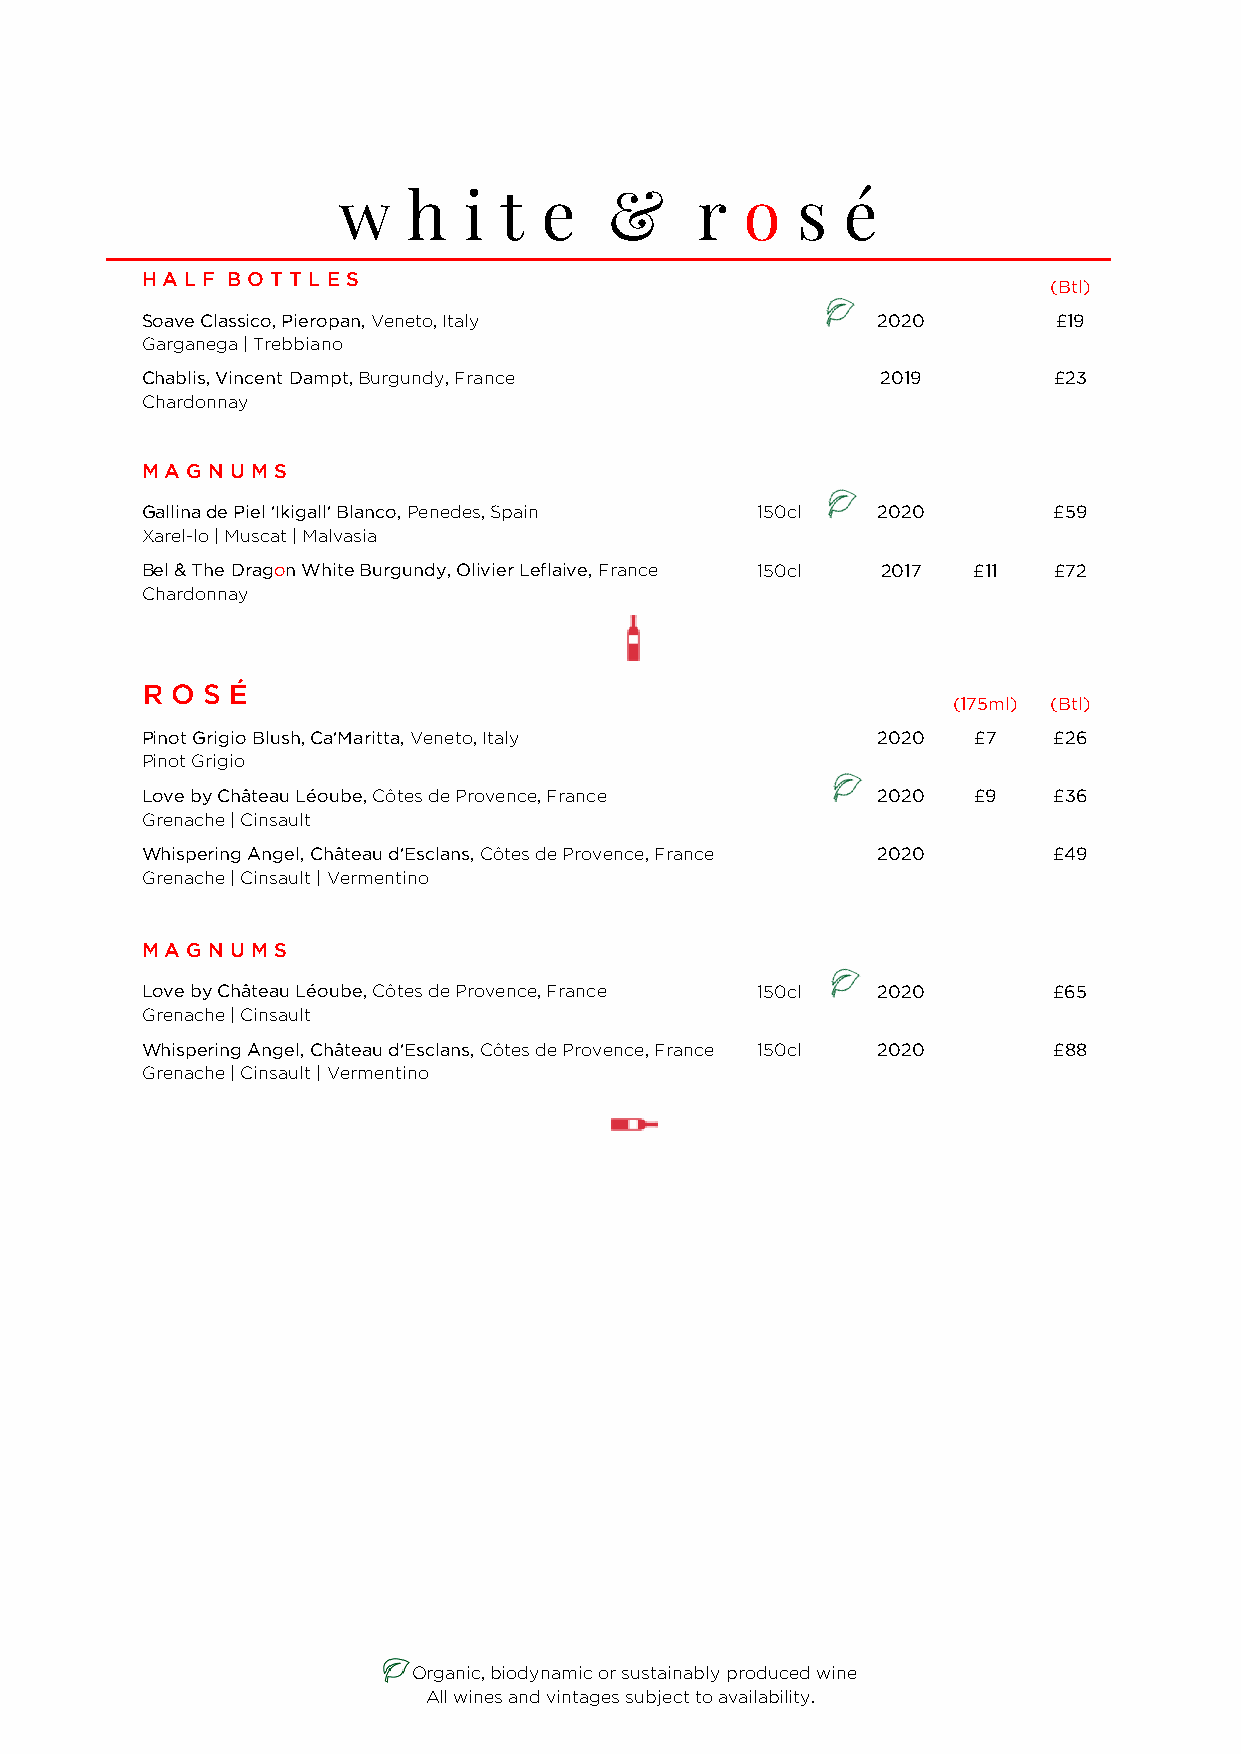
w   h   i t  e    &    r   o  s  é
 H A L F B O T T L E S
 (Btl)
 Soave Classico, Pieropan, Veneto, Italy         2020        £19
 Garganega | Trebbiano
 Chablis, Vincent Dampt, Burgundy, France         2019       £23
 Chardonnay
 M A G N U M S
 Gallina de Piel 'Ikigall' Blanco, Penedes, Spain 150cl 2020 £59
 Xarel-lo | Muscat | Malvasia
 Bel & The Dragon White Burgundy, Olivier Leflaive, France 150cl 2017 £11 £72
 Chardonnay
 R O S É
 (175ml) (Btl)
 Pinot Grigio Blush, Ca'Maritta, Veneto, Italy   2020   £7   £26
 Pinot Grigio
 Love by Château Léoube, Côtes de Provence, France 2020 £9   £36
 Grenache | Cinsault
 Whispering Angel, Château d'Esclans, Côtes de Provence, France 2020 £49
 Grenache | Cinsault | Vermentino
 M A G N U M S
 Love by Château Léoube, Côtes de Provence, France 150cl 2020 £65
 Grenache | Cinsault
 Whispering Angel, Château d'Esclans, Côtes de Provence, France 150cl 2020 £88
 Grenache | Cinsault | Vermentino
 Organic, biodynamic or sustainably produced wine
 All wines and vintages subject to availability.